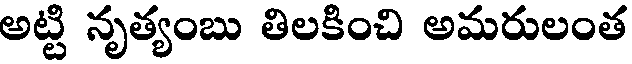
అట్టి నృత్యంబు తిలకించి అమరులంత